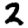
Digit: 2